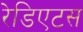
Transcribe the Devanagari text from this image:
रेडिएटस